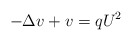
\begin{align*}-\Delta v+v=qU^{2}\end{align*}